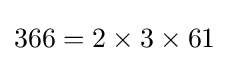
366=2\times 3\times 61